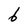
Character: 6